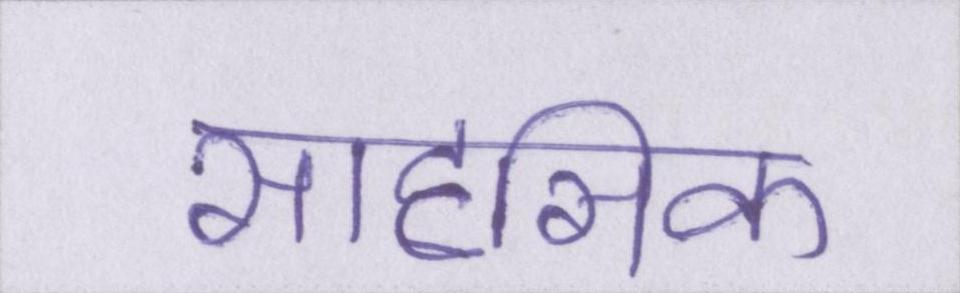
साहसिक